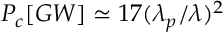
P _ { c } [ G W ] \simeq 1 7 ( \lambda _ { p } / \lambda ) ^ { 2 }